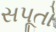
સપૂતો